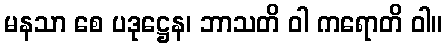
မနသာ စေ ပဒုဋ္ဌေန၊ ဘာသတိ ဝါ ကရောတိ ဝါ။